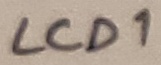
Text: LCD1